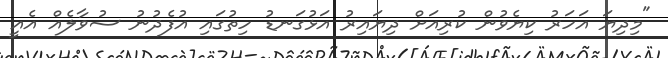
"މިދިޔަ އަހަރު ކިޔެވުން ކުރިއަށް ދިޔައިރު އަޅުގަނޑު ހިތުގައި އުފެދުނު ސުވާލެއް އެއީ